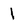
Character: 1